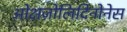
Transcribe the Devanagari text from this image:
ओक्षज़ोलिदिनोनेस